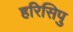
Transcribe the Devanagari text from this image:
हरिसिपु